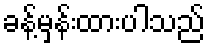
ခန့်မှန်းထားပါသည်